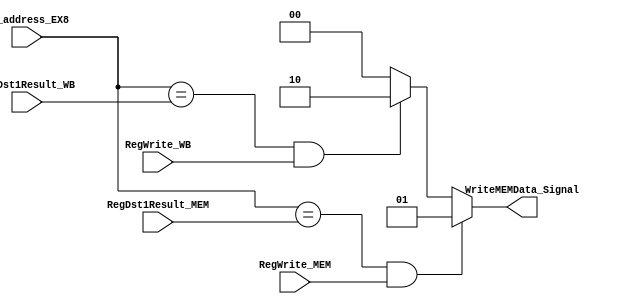
`timescale 1ns / 1ps

module ForwardingUnitMEM(RegWrite_MEM, RegDst1Result_MEM, RegWrite_WB, RegDst1Result_WB, rt_address_EX8, WriteMEMData_Signal);

    input RegWrite_MEM, RegWrite_WB;
    input [4:0] RegDst1Result_MEM, RegDst1Result_WB;
    input [4:0] rt_address_EX8;
    output reg [1:0] WriteMEMData_Signal;
    // MUX SIGNAL KEY:
    // 0 --> Default
    // 1 --> forwarding from Memory
    // 2 --> forwarding from WriteBack

    initial begin
            WriteMEMData_Signal <= 0;
    end
        always @(*)begin
        if ((rt_address_EX8 == RegDst1Result_MEM) && RegWrite_MEM)begin
            WriteMEMData_Signal <= 1;
        end
        else if ((rt_address_EX8 == RegDst1Result_WB)&& RegWrite_WB)begin
            WriteMEMData_Signal <= 2;
        end
        else
        WriteMEMData_Signal <= 0;
        
    end



endmodule